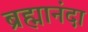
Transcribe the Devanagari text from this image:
ब्रह्मानंदा